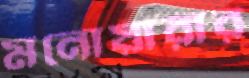
মনোয়ারার